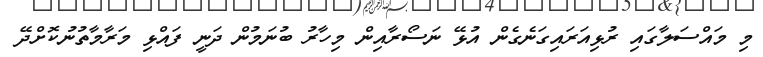
މި މައްސަލާގައި ރުޅިއަރައިގަނެގެން އުޅޭ ނަސޯރާއިން މިހާރު ބުނަމުން ދަނީ ފައްޅި މަރާމާތުނުކޮށްދޭ